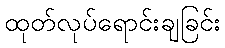
ထုတ်လုပ်ရောင်းချခြင်း